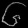
Digit: ၆